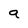
Character: a